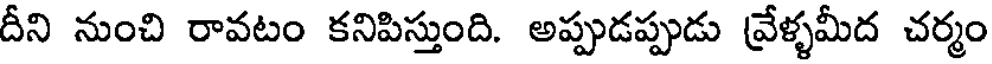
దీని నుంచి రావటం కనిపిస్తుంది. అప్పుడప్పుడు వ్రేళ్ళమీద చర్మం